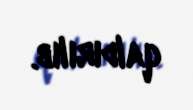
qaldırılıb.